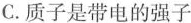
C.质子是带电的强子